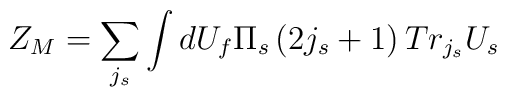
Z_M=\sum_{j_s}\int dU_f\Pi _s\left( 2j_s+1\right) Tr_{j_s}U_s